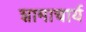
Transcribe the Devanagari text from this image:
शामाचार्य